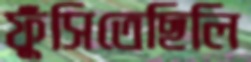
ফুঁসিতেছিলি